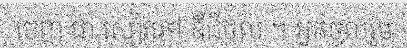
ចេញ ជា សៀវភៅ ឌីជីថល ។ អ្នកចូលរួម